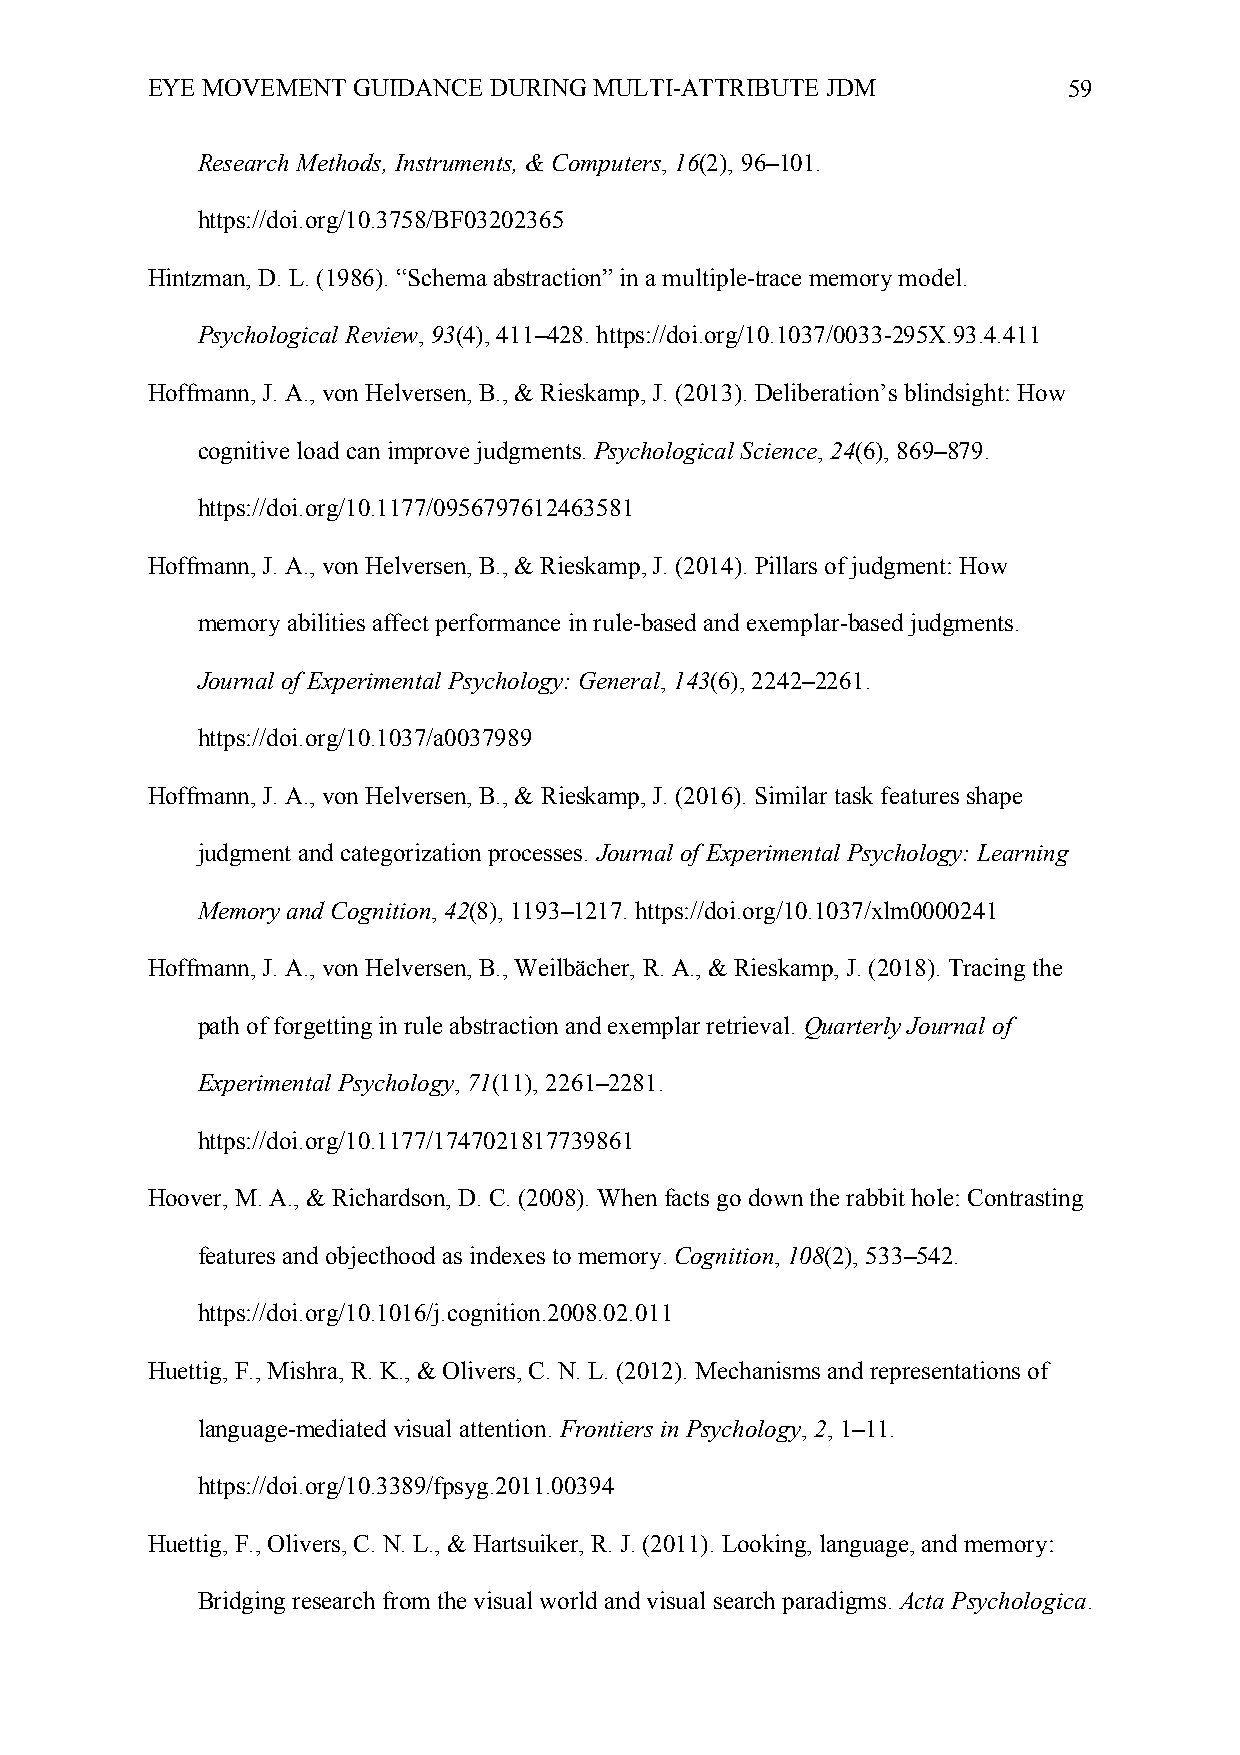
EYE MOVEMENT GUIDANCE DURING MULTI-ATTRIBUTE JDM             59
 Research Methods, Instruments, & Computers, 16(2), 96–101.
 https://doi.org/10.3758/BF03202365
 Hintzman, D. L. (1986). “Schema abstraction” in a multiple-trace memory model.
 Psychological Review, 93(4), 411–428. https://doi.org/10.1037/0033-295X.93.4.411
 Hoffmann, J. A., von Helversen, B., & Rieskamp, J. (2013). Deliberation’s blindsight: How
 cognitive load can improve judgments. Psychological Science, 24(6), 869–879.
 https://doi.org/10.1177/0956797612463581
 Hoffmann, J. A., von Helversen, B., & Rieskamp, J. (2014). Pillars of judgment: How
 memory abilities affect performance in rule-based and exemplar-based judgments.
 Journal of Experimental Psychology: General, 143(6), 2242–2261.
 https://doi.org/10.1037/a0037989
 Hoffmann, J. A., von Helversen, B., & Rieskamp, J. (2016). Similar task features shape
 judgment and categorization processes. Journal of Experimental Psychology: Learning
 Memory and Cognition, 42(8), 1193–1217. https://doi.org/10.1037/xlm0000241
 Hoffmann, J. A., von Helversen, B., Weilbächer, R. A., & Rieskamp, J. (2018). Tracing the
 path of forgetting in rule abstraction and exemplar retrieval. Quarterly Journal of
 Experimental Psychology, 71(11), 2261–2281.
 https://doi.org/10.1177/1747021817739861
 Hoover, M. A., & Richardson, D. C. (2008). When facts go down the rabbit hole: Contrasting
 features and objecthood as indexes to memory. Cognition, 108(2), 533–542.
 https://doi.org/10.1016/j.cognition.2008.02.011
 Huettig, F., Mishra, R. K., & Olivers, C. N. L. (2012). Mechanisms and representations of
 language-mediated visual attention. Frontiers in Psychology, 2, 1–11.
 https://doi.org/10.3389/fpsyg.2011.00394
 Huettig, F., Olivers, C. N. L., & Hartsuiker, R. J. (2011). Looking, language, and memory:
 Bridging research from the visual world and visual search paradigms. Acta Psychologica.